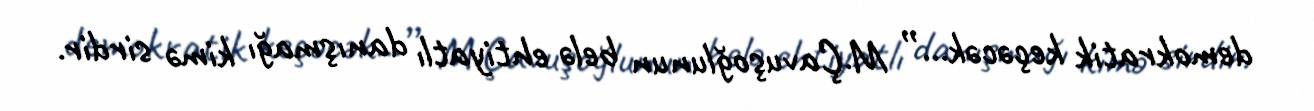
demokratik keçəcək...” M.Çavuşoğlunun belə ehtiyatlı danışmağı kimə sirdir.